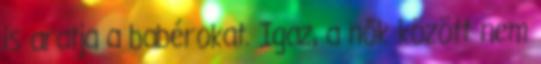
is aratja a babérokat. Igaz, a nők között nem